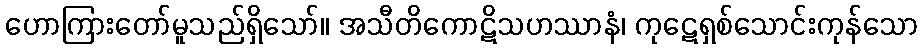
ဟောကြားတော်မူသည်ရှိသော်။ အသီတိကောဋိသဟဿာနံ၊ ကုဋေရှစ်သောင်းကုန်သော